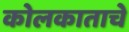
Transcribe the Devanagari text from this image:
कोलकाताचे